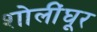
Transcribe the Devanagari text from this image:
शोलींघूर